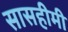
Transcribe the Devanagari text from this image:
सासहीमी